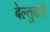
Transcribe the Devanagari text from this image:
बेल्तुकरी